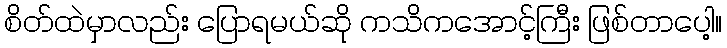
စိတ်ထဲမှာလည်း ပြောရမယ်ဆို ကသိကအောင့်ကြီး ဖြစ်တာပေါ့။